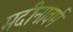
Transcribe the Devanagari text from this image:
मदीनावर्म